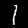
Digit: 1